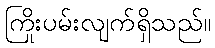
ကြိုးပမ်းလျက်ရှိသည်။